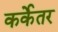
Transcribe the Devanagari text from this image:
कर्केतर